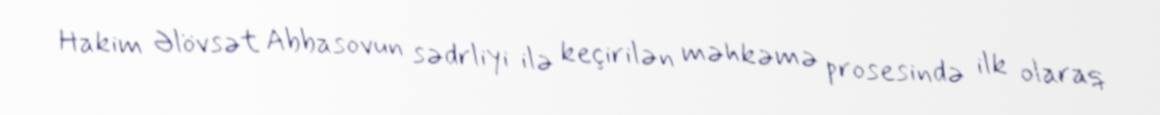
Hakim Əlövsət Abbasovun sədrliyi ilə keçirilən məhkəmə prosesində ilk olaraq